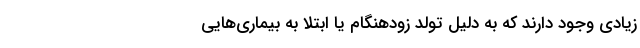
زیادی وجود دارند که به دلیل تولد زودهنگام یا ابتلا به بیماری‌هایی